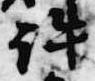
許